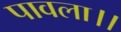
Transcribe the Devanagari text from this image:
पावला।।